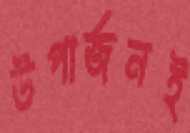
উপার্জনই